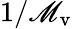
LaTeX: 1/\mathscr{M}_{\mathrm{{v}}}